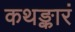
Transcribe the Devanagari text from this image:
कथङ्कारं